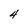
Character: 4